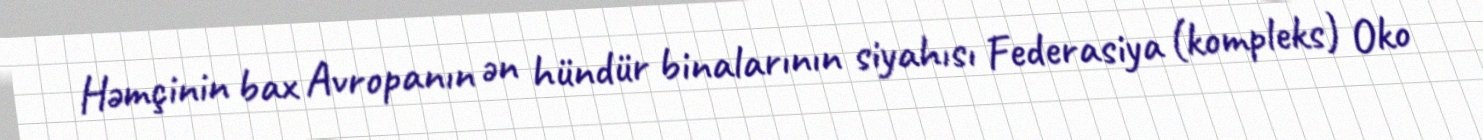
Həmçinin bax Avropanın ən hündür binalarının siyahısı Federasiya (kompleks) Oko